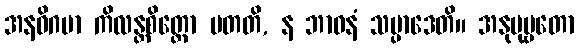
အနဓိဂမာ ကိလန္တစိတ္တော ပတတိ, န ဘာဝနံ သမ္ပာဒေတိ။ အနုပုဗ္ဗတော